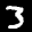
Label: 3